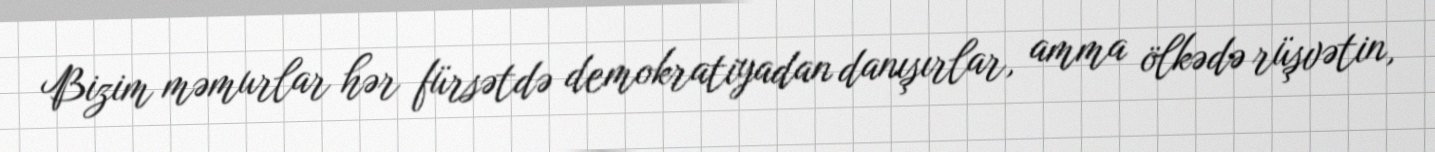
Bizim məmurlar hər fürsətdə demokratiyadan danışırlar, amma ölkədə rüşvətin,